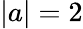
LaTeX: |a|=2